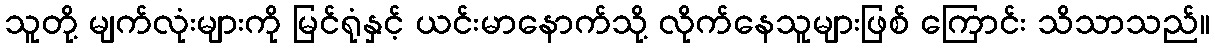
သူတို့ မျက်လုံးများကို မြင်ရုံနှင့် ယင်းမာနောက်သို့ လိုက်နေသူများဖြစ် ကြောင်း သိသာသည်။